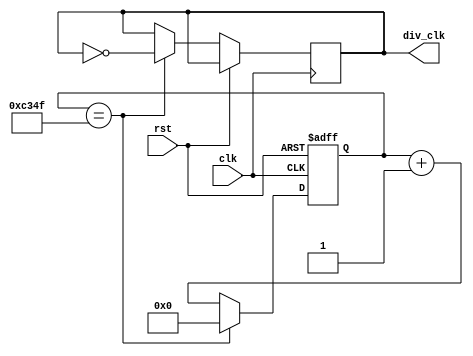
`timescale 1ns / 1ps
//////////////////////////////////////////////////////////////////////////////////
// Company:
// Engineer:
//
// Design Name:
// Module Name:    clock_div
// Project Name:
// Target Devices:
// Tool versions:
// Description:
//
// Dependencies:
//
// Revision:
// Revision 0.01 - File Created
// Additional Comments:
//
//////////////////////////////////////////////////////////////////////////////////
module clock_div(input rst,
                 input clk,
                 output reg div_clk);

parameter COUNTER = 32'hC350; // 50 000
reg [32:0] clock_count;

always @(posedge clk or posedge rst)
    if (rst == 1'b1)
        clock_count <= {32{1'b0}};
    else begin
        if ( clock_count == COUNTER-1)
        begin
            div_clk <= ~div_clk;
            clock_count <= {32{1'b0}};
        end
        else
            clock_count <= clock_count + 1;
    end
endmodule